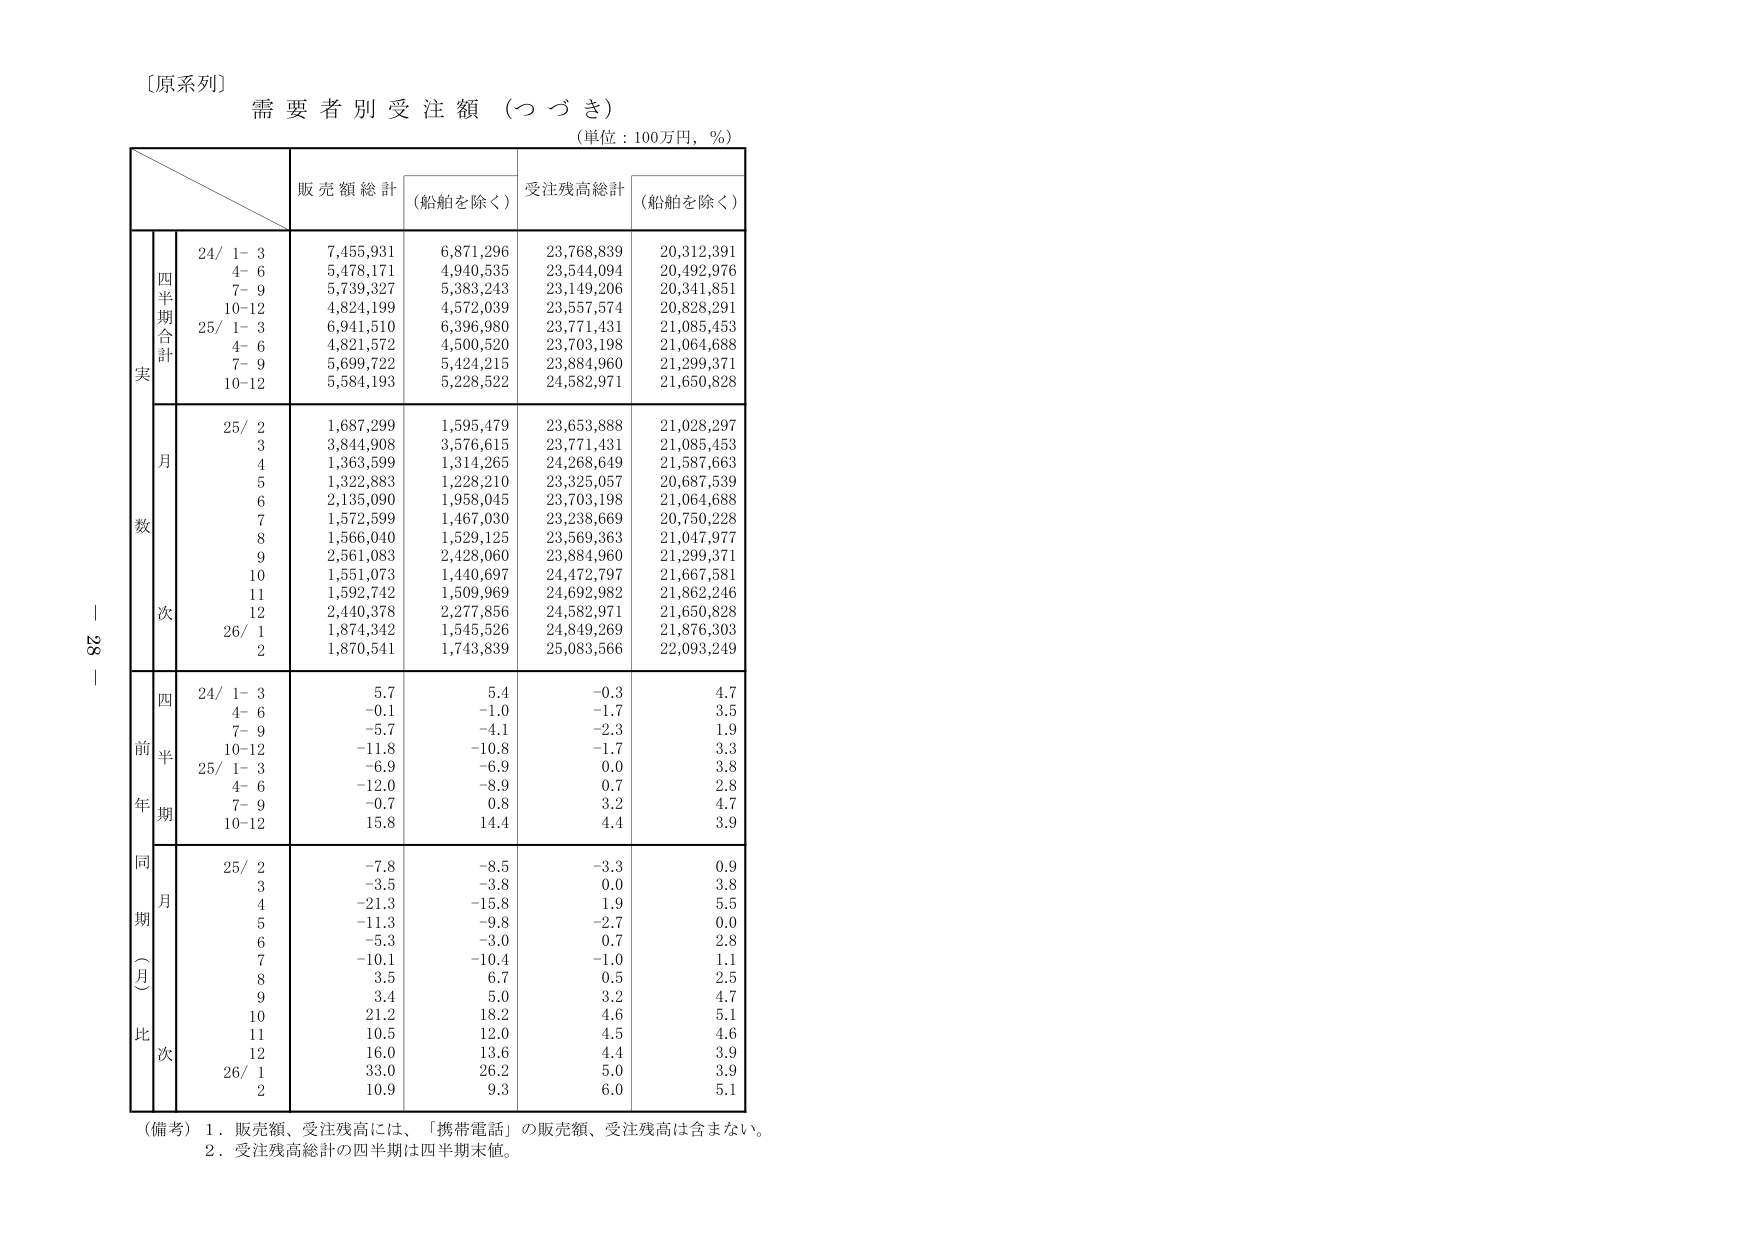
〔原系列〕
需要者別受注額（つづき）
（単位：100万円，％）

販売額総計 （船舶を除く） 受注残高総計 （船舶を除く）

四半期合計
24/ 1-3 7,455,931 6,871,296 23,768,839 20,312,391
4-6 5,478,171 4,940,535 23,544,094 20,492,976
7-9 5,739,327 5,383,243 23,149,206 20,341,851
10-12 4,824,199 4,572,039 23,557,574 20,828,291
25/ 1-3 6,941,510 6,396,980 23,771,431 21,085,453
4-6 4,821,572 4,500,520 23,703,198 21,064,688
7-9 5,699,722 5,424,215 23,884,960 21,299,371
10-12 5,584,193 5,228,522 24,582,971 21,650,828

月
25/ 2 1,687,299 1,595,479 23,653,888 21,028,297
3 3,844,908 3,576,615 23,771,431 21,085,453
4 1,363,599 1,314,265 24,268,649 21,587,663
5 1,322,883 1,228,210 23,325,057 20,687,539
6 2,135,090 1,958,045 23,703,198 21,064,688
7 1,572,599 1,467,030 23,238,669 20,750,228
8 1,566,040 1,529,125 23,569,363 21,047,977
9 2,561,083 2,428,060 23,884,960 21,299,371
10 1,551,073 1,440,697 24,472,797 21,667,581
11 1,592,742 1,509,969 24,692,982 21,862,246
12 2,440,378 2,277,856 24,582,971 21,650,828
26/ 1 1,874,342 1,545,526 24,849,269 21,876,303
2 1,870,541 1,743,839 25,083,566 22,093,249

四
24/ 1-3 5.7 5.4 -0.3 4.7
4-6 -0.1 -1.0 -1.7 3.5
7-9 -5.7 -4.1 -2.3 1.9
10-12 -11.8 -10.8 -1.7 3.3
25/ 1-3 -6.9 -6.9 0.0 3.8
4-6 -12.0 -8.9 0.7 2.8
7-9 -0.7 0.8 3.2 4.7
10-12 15.8 14.4 4.4 3.9

同
25/ 2 -7.8 -8.5 -3.3 0.9
3 -3.5 -3.8 0.0 3.8
4 -21.3 -15.8 1.9 5.5
5 -11.3 -9.8 -2.7 0.0
6 -5.3 -3.0 0.7 2.8
7 -10.1 -10.4 -1.0 1.1
8 3.5 6.7 0.5 2.5
9 3.4 5.0 3.2 4.7
10 21.2 18.2 4.6 5.1
11 10.5 12.0 4.5 4.6
12 16.0 13.6 4.4 3.9
26/ 1 33.0 26.2 5.0 3.9
2 10.9 9.3 6.0 5.1

（備考）1．販売額、受注残高には、「携帯電話」の販売額、受注残高は含まない。
2．受注残高総計の四半期は四半期末値。

－ 28 －